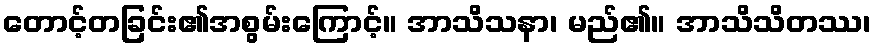
တောင့်တခြင်း၏အစွမ်းကြောင့်။ အာသိသနာ၊ မည်၏။ အာသိသိတဿ၊